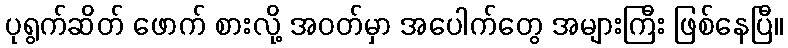
ပုရွက်ဆိတ် ဖောက် စားလို့ အဝတ်မှာ အပေါက်တွေ အများကြီး ဖြစ်နေပြီ။